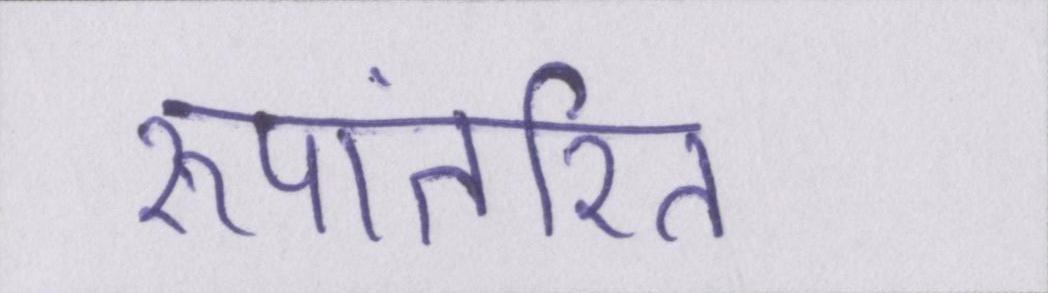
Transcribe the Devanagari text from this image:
रूपांतरित